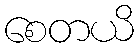
စေတယိ